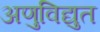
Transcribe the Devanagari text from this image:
अणुविद्युत